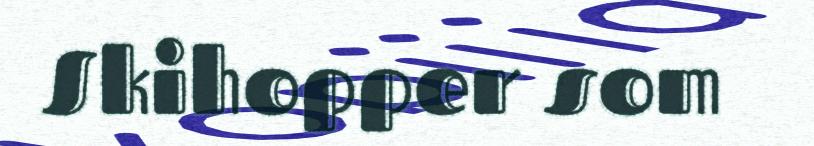
Skihopper som